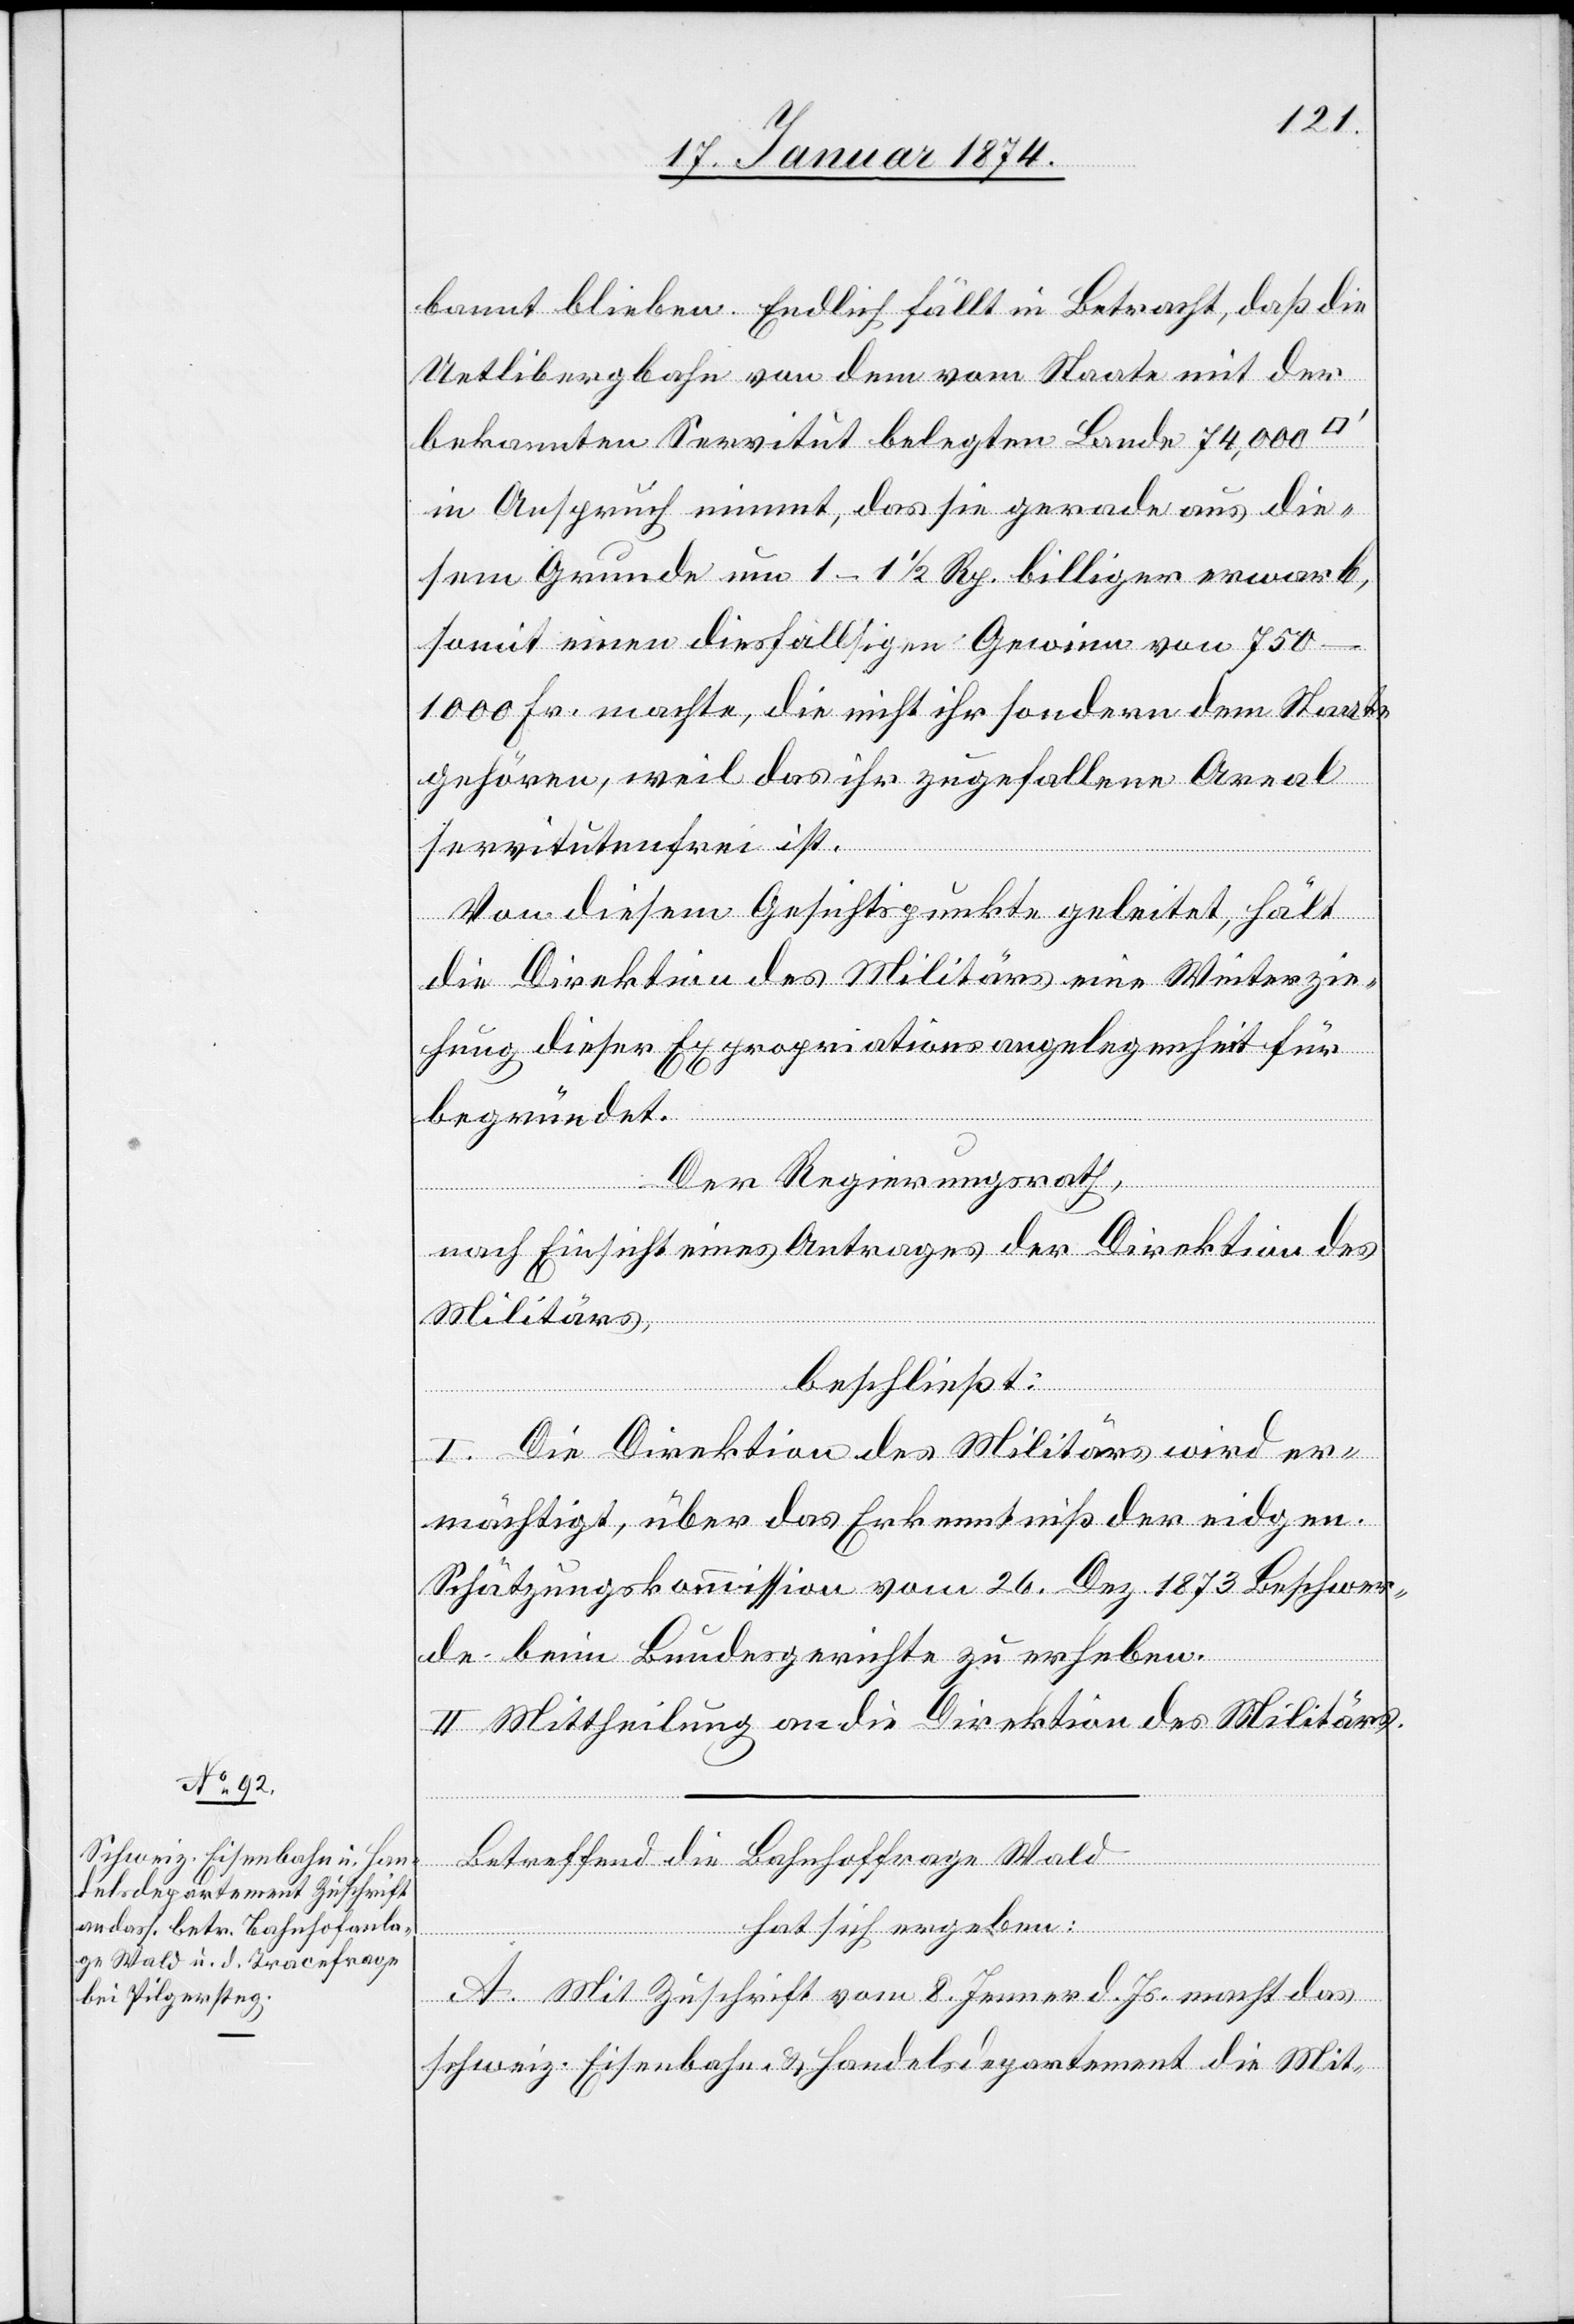
bannt blieben. Endlich fällt in Betracht, daß die
Uetlibergbahn von dem vom Staate mit der
bekannten Servitut belegten Lande 74,000
in Anspruch nimmt, das sie gerade aus die¬
sem Grunde um 1–1 ½ Rp. billiger erwarb,
somit einen diesfälligen Gewinn von
750–1000 Fr. machte, die nicht ihr sondern dem Staate
gehören, weil das ihr zugefallene Areal
servitutenfrei ist.
Von diesem Gesichtspunkte geleitet, hält
die Direktion des Militärs eine Weiterzie¬
hung dieser Expropriationsangelegenheit für
begründet.
Der Regierungsrath,
nach Einsicht eines Antrages der Direktion des
Militärs,
beschließt:
I. Die Direktion des Militärs wird er¬
mächtigt, über das Erkenntniß der eidgen.
Schätzungskommission vom 26. Dez. 1873 Beschwer¬
de beim Bundesgerichte zu erheben.
II. Mittheilung an die Direktion des Militärs.
Betreffend die Bahnhoffrage Wald
hat sich ergeben:
A. Mit Zuschrift vom 8. Jenner d. Js. macht das
schweiz. Eisenbahn- & Handelsdepartement die Mit-